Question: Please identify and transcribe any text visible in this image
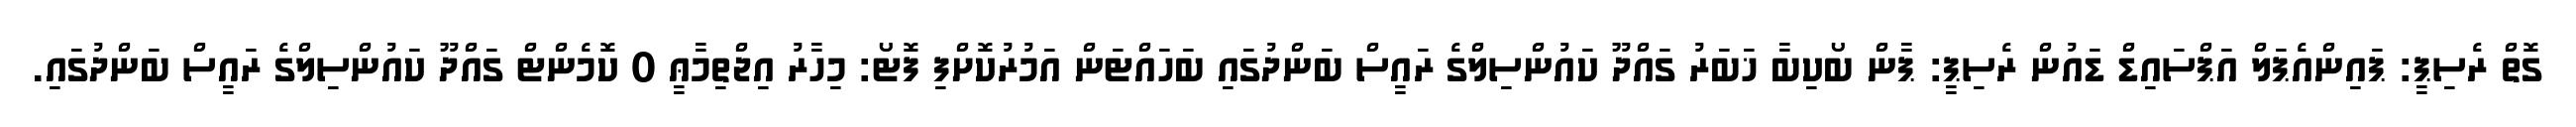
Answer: ގޮތް ރެސިޕީ: ޕައިންއެޕަލް އަޕްސައިޑް ޑައުން ރެސިޕީ: ޕާން ބޯކިބާ ޚަބަރު ގައްދޫ ކައުންސިލްގެ ރައީސް ބަންދުގައި ބަހައްޓަން އަމުރުކޮށްފި ފޮޓޯ: މިހާރު އިޖްތިމާޢީ 0 ކޮމެންޓް ގައްދޫ ކައުންސިލްގެ ރައީސް ބަންދުގައި.